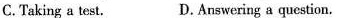
C.Taking a test. D.Answering a question.